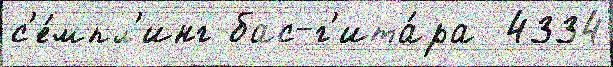
с'е́мпл'инг бас-г'ита́ра  4334